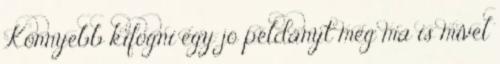
Könnyebb kifogni egy jó példányt még ma is mivel